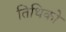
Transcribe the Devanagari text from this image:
तिथिको